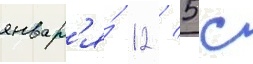
январ'я́ 12 / 5с